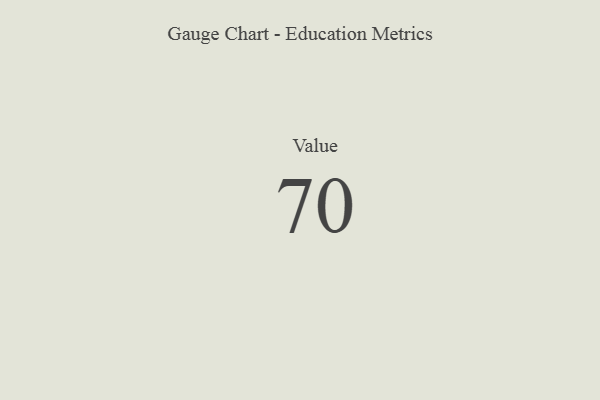
{"axis": {"x": "Metric", "y": "Value"}, "legend": [""], "data": [{"x": "Value", "y": 70, "type": ""}]}